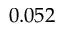
0 . 0 5 2